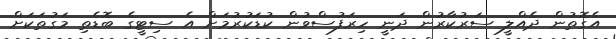
އެގޮތުން ދެއްލީ ސަރުކާރުން ދަނީ ހިރަފުސްވުން ކުޑަކުރުމަށް އެ ސިޓީގެ ބޮޑެތި މަގުތަކަށް